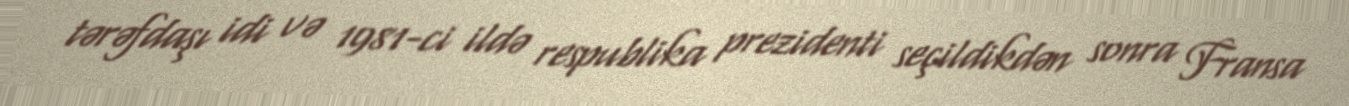
tərəfdaşı idi və 1981-ci ildə respublika prezidenti seçildikdən sonra Fransa